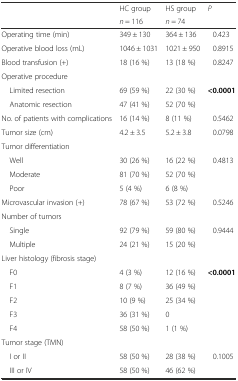
<table><thead><tr><td rowspan="2"></td><td><b>HC group</b></td><td><b>HS group</b></td><td rowspan="2"><b><i>P</i></b></td></tr><tr><td><b><i>n</i> = 116</b></td><td><b><i>n</i> = 74</b></td></tr></thead><tbody><tr><td>Operating time (min)</td><td>349 ± 130</td><td>364 ± 136</td><td>0.423</td></tr><tr><td>Operative blood loss (mL)</td><td>1046 ± 1031</td><td>1021 ± 950</td><td>0.8915</td></tr><tr><td>Blood transfusion (+)</td><td>18 (16 %)</td><td>13 (18 %)</td><td>0.8247</td></tr><tr><td colspan="4">Operative procedure</td></tr><tr><td> Limited resection</td><td>69 (59 %)</td><td>22 (30 %)</td><td><b>&lt;0.0001</b></td></tr><tr><td> Anatomic resection</td><td>47 (41 %)</td><td>52 (70 %)</td><td></td></tr><tr><td>No. of patients with complications</td><td>16 (14 %)</td><td>8 (11 %)</td><td>0.5462</td></tr><tr><td>Tumor size (cm)</td><td>4.2 ± 3.5</td><td>5.2 ± 3.8</td><td>0.0798</td></tr><tr><td colspan="4">Tumor differentiation</td></tr><tr><td> Well</td><td>30 (26 %)</td><td>16 (22 %)</td><td>0.4813</td></tr><tr><td> Moderate</td><td>81 (70 %)</td><td>52 (70 %)</td><td></td></tr><tr><td> Poor</td><td>5 (4 %)</td><td>6 (8 %)</td><td></td></tr><tr><td>Microvascular invasion (+)</td><td>78 (67 %)</td><td>53 (72 %)</td><td>0.5246</td></tr><tr><td colspan="4">Number of tumors</td></tr><tr><td> Single</td><td>92 (79 %)</td><td>59 (80 %)</td><td>0.9444</td></tr><tr><td> Multiple</td><td>24 (21 %)</td><td>15 (20 %)</td><td></td></tr><tr><td colspan="4">Liver histology (fibrosis stage)</td></tr><tr><td> F0</td><td>4 (3 %)</td><td>12 (16 %)</td><td><b>&lt;0.0001</b></td></tr><tr><td> F1</td><td>8 (7 %)</td><td>36 (49 %)</td><td></td></tr><tr><td> F2</td><td>10 (9 %)</td><td>25 (34 %)</td><td></td></tr><tr><td> F3</td><td>36 (31 %)</td><td>0</td><td></td></tr><tr><td> F4</td><td>58 (50 %)</td><td>1 (1 %)</td><td></td></tr><tr><td colspan="4">Tumor stage (TMN)</td></tr><tr><td> I or II</td><td>58 (50 %)</td><td>28 (38 %)</td><td>0.1005</td></tr><tr><td> III or IV</td><td>58 (50 %)</td><td>46 (62 %)</td><td></td></tr></tbody></table>